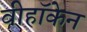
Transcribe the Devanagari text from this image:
वीहॉकेन